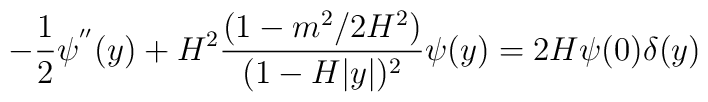
-\frac{1}{2}\psi^{''}(y)+H^2\frac{(1-m^2/2H^2)}{(1-H|y|)^2}\psi(y)=2H\psi(0)\delta(y)